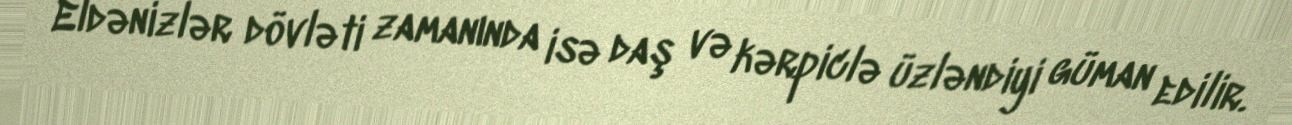
Eldənizlər dövləti zamanında isə daş və kərpiclə üzləndiyi güman edilir.